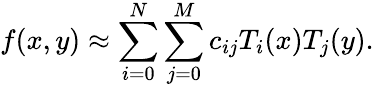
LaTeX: f(x,y)\approx\sum_{i=0}^{N}\sum_{j=0}^{M}c_{ij}T_{i}(x)T_{j}(y).